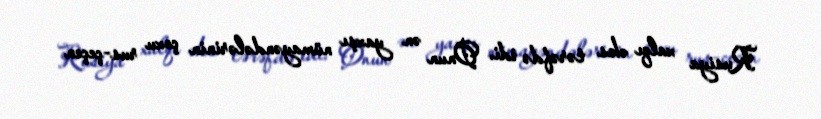
Rusiya xalqı əks tərəfdə idi. Onun ən yaxşı nümayəndələrinin çoxu rus-çeçen